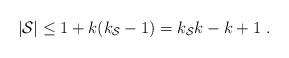
LaTeX: \begin{align*} |\mathcal{S}|\leq 1+k(k_{\mathcal{S}}-1)=k_{\mathcal{S}}k-k+1\;. \end{align*}